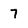
Character: 7